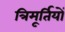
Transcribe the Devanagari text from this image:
त्रिमूर्तियों